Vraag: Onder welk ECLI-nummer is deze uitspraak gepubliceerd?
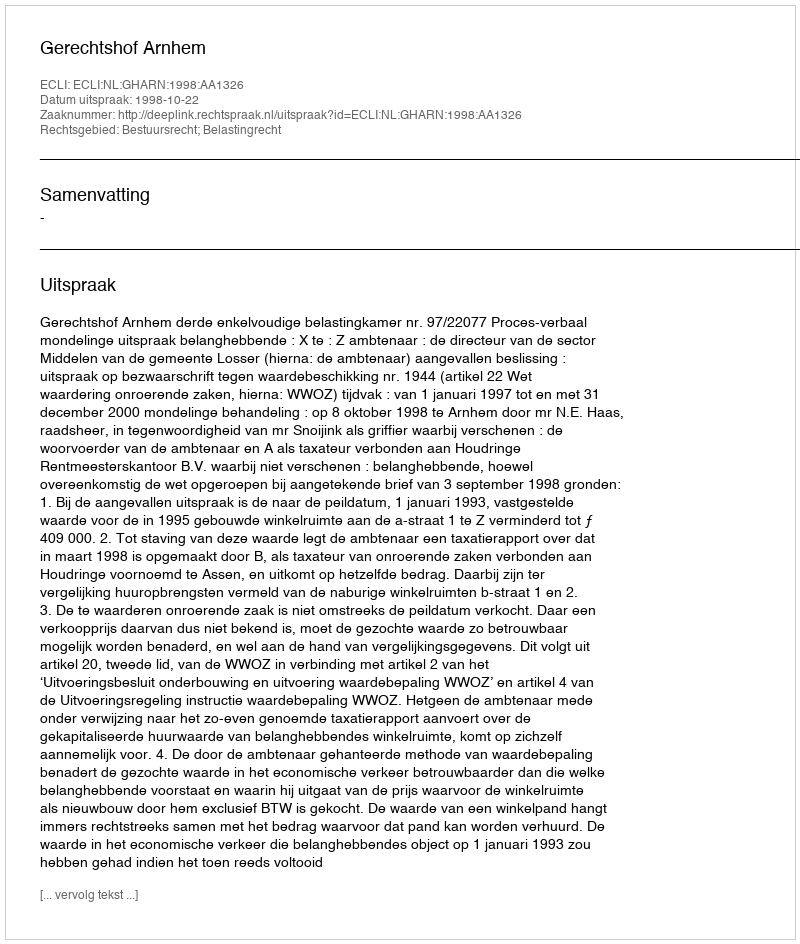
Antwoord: ECLI:NL:GHARN:1998:AA1326